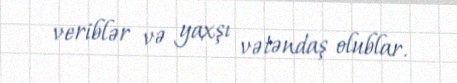
veriblər və yaxşı vətəndaş olublar.